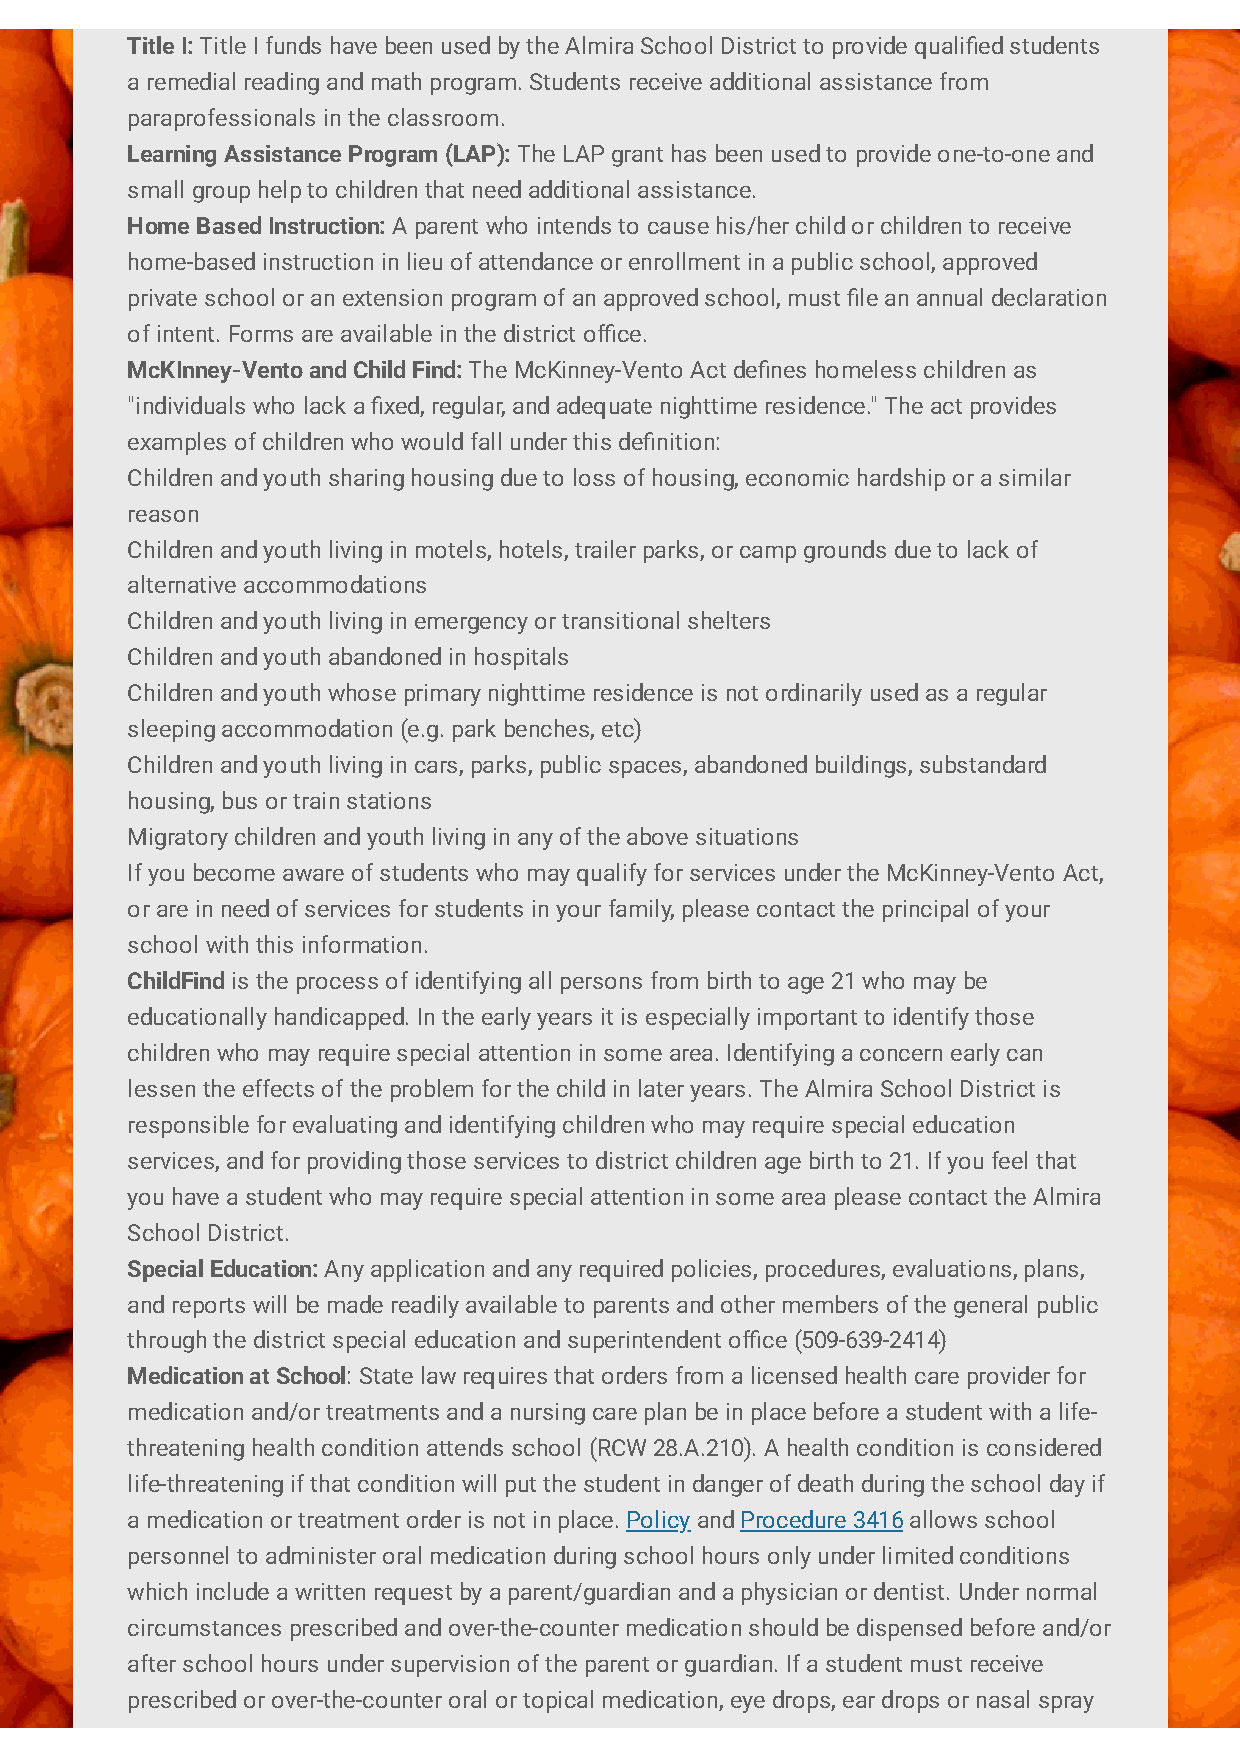
Title I: Title I funds have been used by the Almira School District to provide qualied students
 a remedial reading and math program. Students receive additional assistance from
 paraprofessionals in the classroom.
 Learning Assistance Program (LAP): The LAP grant has been used to provide one-to-one and
 small group help to children that need additional assistance.
 Home Based Instruction: A parent who intends to cause his/her child or children to receive
 home-based instruction in lieu of attendance or enrollment in a public school, approved
 private school or an extension program of an approved school, must le an annual declaration
 of intent. Forms are available in the district oce.
 McKInney-Vento and Child Find: The McKinney-Vento Act denes homeless children as
 "individuals who lack a xed, regular, and adequate nighttime residence." The act provides
 examples of children who would fall under this denition:
 Children and youth sharing housing due to loss of housing, economic hardship or a similar
 reason
 Children and youth living in motels, hotels, trailer parks, or camp grounds due to lack of
 alternative accommodations
 Children and youth living in emergency or transitional shelters
 Children and youth abandoned in hospitals
 Children and youth whose primary nighttime residence is not ordinarily used as a regular
 sleeping accommodation (e.g. park benches, etc)
 Children and youth living in cars, parks, public spaces, abandoned buildings, substandard
 housing, bus or train stations
 Migratory children and youth living in any of the above situations
 If you become aware of students who may qualify for services under the McKinney-Vento Act,
 or are in need of services for students in your family, please contact the principal of your
 school with this information.
 ChildFind is the process of identifying all persons from birth to age 21 who may be
 educationally handicapped. In the early years it is especially important to identify those
 children who may require special attention in some area. Identifying a concern early can
 lessen the effects of the problem for the child in later years. The Almira School District is
 responsible for evaluating and identifying children who may require special education
 services, and for providing those services to district children age birth to 21. If you feel that
 you have a student who may require special attention in some area please contact the Almira
 School District.
 Special Education: Any application and any required policies, procedures, evaluations, plans,
 and reports will be made readily available to parents and other members of the general public
 through the district special education and superintendent oce (509-639-2414)
 Medication at School: State law requires that orders from a licensed health care provider for
 medication and/or treatments and a nursing care plan be in place before a student with a life-
 threatening health condition attends school (RCW 28.A.210). A health condition is considered
 life-threatening if that condition will put the student in danger of death during the school day if
 a medication or treatment order is not in place. Policy and Procedure 3416 allows school
 personnel to administer oral medication during school hours only under limited conditions
 which include a written request by a parent/guardian and a physician or dentist. Under normal
 circumstances prescribed and over-the-counter medication should be dispensed before and/or
 after school hours under supervision of the parent or guardian. If a student must receive
 prescribed or over-the-counter oral or topical medication, eye drops, ear drops or nasal spray